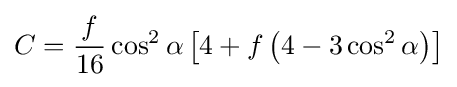
C={\frac {f}{16}}\cos ^{2}\alpha \left[4+f\left(4-3\cos ^{2}\alpha \right)\right]